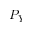
P _ { Y }